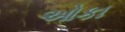
ઓકા